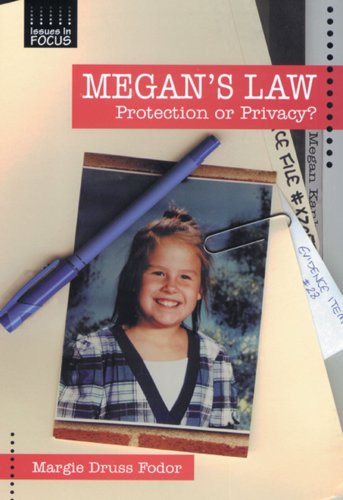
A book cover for Megan's Law: Protection or Privacy (Issues in Focus); Margie Druss Fodor; Teen & Young Adult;